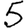
Digit: 5